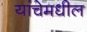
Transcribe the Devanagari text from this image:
यांचेमधील